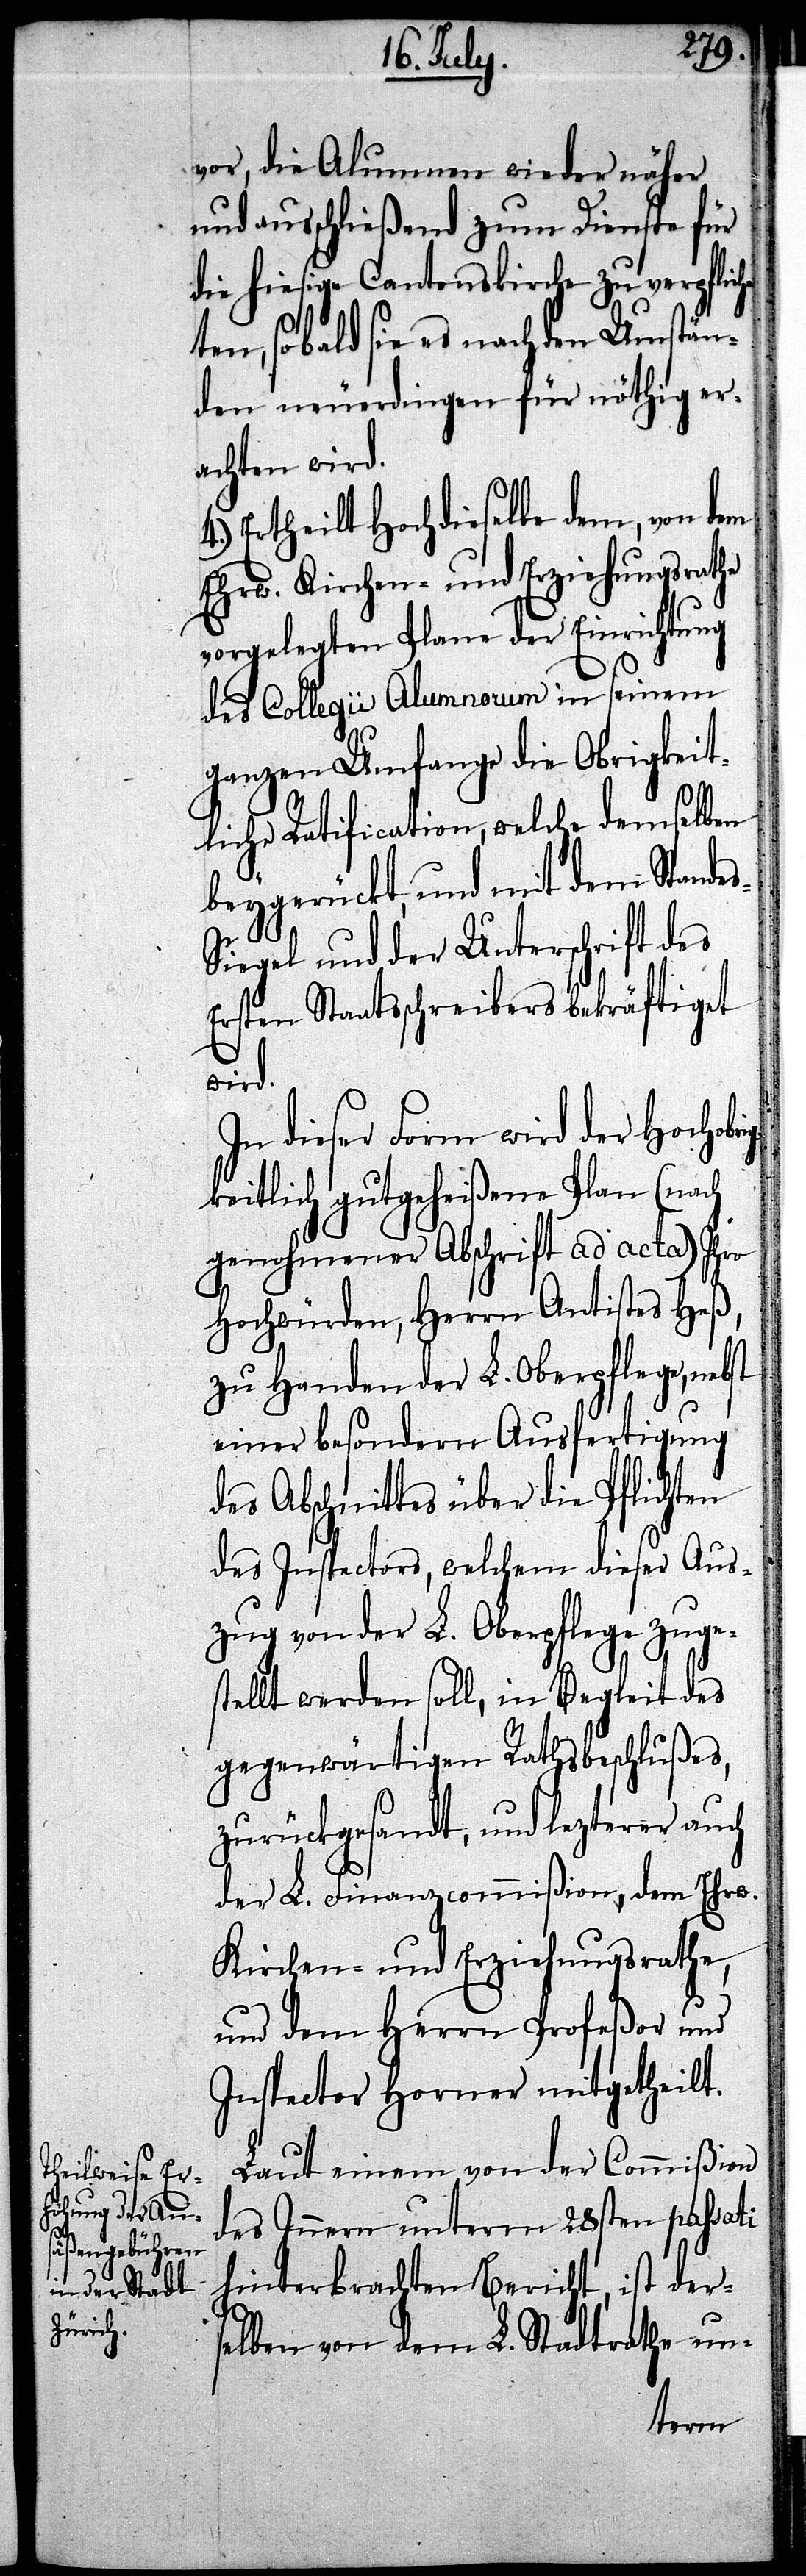
vor, die Alumnen wieder näher
und ausschließend zum Dienste für
die hiesige Cantonskirche zu verpflic¬
hten, sobald sie es nach den Umstän¬
den neuerdingen für nöthig er¬
achten wird.
Ertheilt Hochdieselbe dem, von dem
Ehrw. Kirchen- und Erziehungsrathe
vorgelegten Plane der Einrichtung
des Collegii Alumnorum in seinem
ganzen Umfange die Obrigkeit¬
liche Ratification, welche demselben
beygerückt, und mit dem Stande¬
iegel und der Unterschrift des
Ersten Staatsschreibers bekräftiget
wird.
In dieser Form wird der Hochobr¬
igkeitlich gutgeheißene Plan (nach
genohmener Abschrift ad acta) Ihro
Hochwürden, Herrn Antistes Heß,
zu Handen der L. Oberpflege, nebst
einer besondern Ausfertigung
des Abschnittes über die Pflichten
des Inspectors, welchem dieser Aus¬
zug von der L. Oberpflege zuge¬
stellt werden soll. Im Begleit des
gegenwärtigen Rathsbeschlußes,
zurückgesandt, und lezterer auch
der Finanzcommißion, dem Ehrw.
Kirchen- und Erziehungsrathe,
und dem Herrn Profeßor und
Inspector Horner mitgetheilt.
Laut einem von der Commißion
des Innern unterm 28sten passati
hinterbrachten Bericht, ist ders¬
elben von dem L. Stadtrathe un-
s-S¬